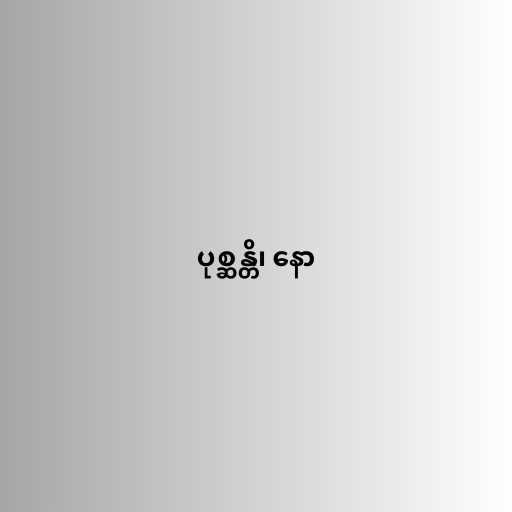
ပုစ္ဆန္တိ၊ နော